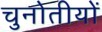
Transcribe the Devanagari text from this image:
चुनोतीयों